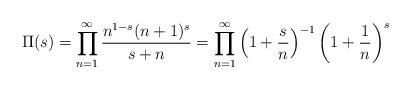
LaTeX: \begin{align*} \Pi(s)=\prod_{n=1}^\infty \frac{n^{1-s}(n+1)^s}{s+n}=\prod_{n=1}^\infty \left(1+\frac{s}{n}\right)^{-1} \left(1+\frac{1}{n}\right)^s\end{align*}